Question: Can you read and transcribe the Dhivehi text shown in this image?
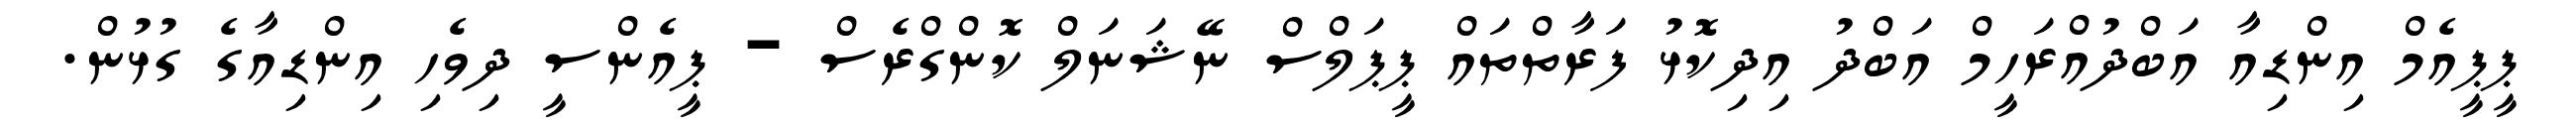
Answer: ޕީޕީއެމް އިންޑިއާ އަބްދުއްރަހީމް އަބްދު އިދިކޮޅު ފަރާތްތައް ޕީޕަލްސް ނޭޝަނަލް ކޮންގްރެސް - ޕީއެންސީ ދިވެހި އިންޑިއާގެ ގުޅުން.